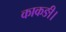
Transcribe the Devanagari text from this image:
काकङी।